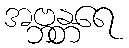
အဗ္ဘန္တရေ